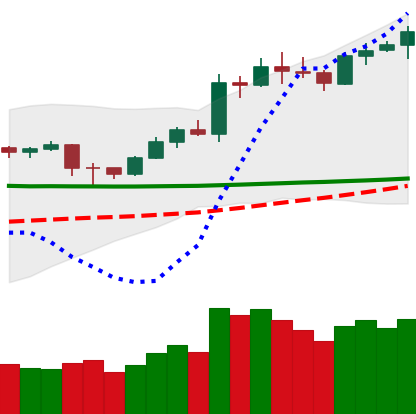
Ticker: LTC-USD
Chart end date: 2020-02-08
Forward return: 5.147%
Label: up_5_7